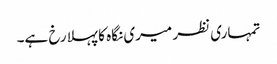
تمہاری نظر میری نگاہ کا پہلا رخ ہے۔